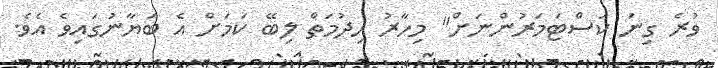
ވުރެ ގިނަ ކަސްޓަމަރުންނަށް" މިހާރު ހިދުމަތް ލިބޭ ކަމަށް އެ ބަޔާނުގައިވެ އެވެ.